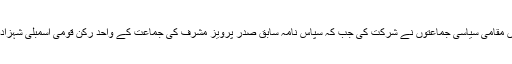
نواز شریف کے جلسے میں مقامی سیاسی جماعتوں نے شرکت کی جب کہ سپاس نامہ سابق صدر پرویز مشرف کی جماعت کے واحد رکن قومی اسمبلی شہزادہ افتخار الدین نے پیش کیا۔